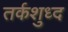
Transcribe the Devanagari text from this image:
तर्कशुध्द